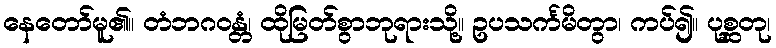
နေတော်မူ၏။ တံဘဂဝန္တံ၊ ထိုမြတ်စွာဘုရားသို့။ ဥပသင်္ကမိတွာ၊ ကပ်၍။ ပုစ္ဆတု၊